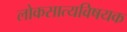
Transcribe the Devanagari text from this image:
लोकसात्यविषयक